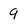
Character: 9